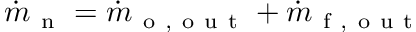
\dot { m } _ { \mathrm { ~ n ~ } } = \dot { m } _ { \mathrm { ~ o ~ , ~ o ~ u ~ t ~ } } + \dot { m } _ { \mathrm { ~ f ~ , ~ o ~ u ~ t ~ } }